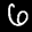
Label: 6